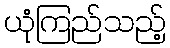
ယုံကြည်သည့်